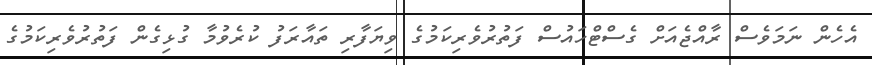
އެހެން ނަމަވެސް ރާއްޖެއަށް ގެސްޓްހައުސް ފަތުރުވެރިކަމުގެ ވިޔަފާރި ތައާރަފު ކުރެވުމާ ގުޅިގެން ފަތުރުވެރިކަމުގެ